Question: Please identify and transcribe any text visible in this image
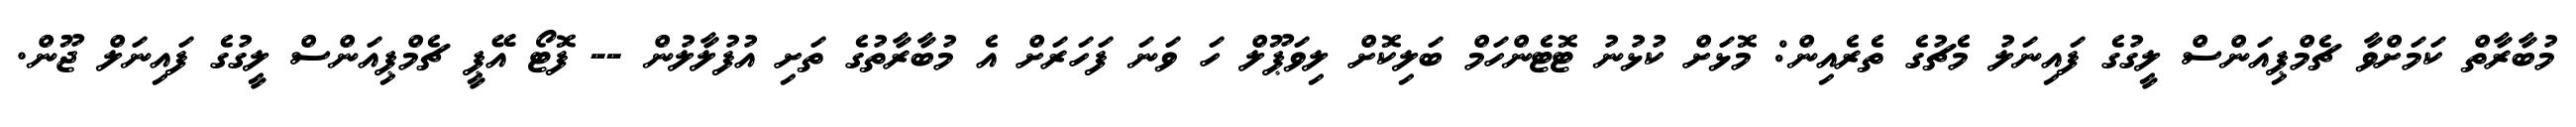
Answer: މުބާރާތް ކަމަށްވާ ޗެމްޕިއަންސް ލީގުގެ ފައިނަލު މެޗުގެ ތެރެއިން: މޮޅަށް ކުޅުނު ޓޮޓެންހަމް ބަލިކޮށް ލިވަޕޫލް ހަ ވަނަ ފަހަރަށް އެ މުބާރާތުގެ ތަށި އުފުލާލުން -- ފޮޓޯ އޭޕީ ޗެމްޕިއަންސް ލީގުގެ ފައިނަލް ޖޫން.